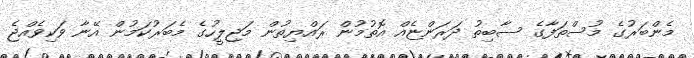
މެންބަރުގެ މުސްތަފާގެ ސާބިތު ދަރަންޏެއް އޮތުމުން ރައްޔިތުން މަޖިލީހުގެ މެބަރުކަމުން އޭނާ ވަކިވެއްޖެ